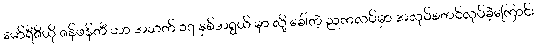
မော်ရီဇီယို ဇန်ဖန်တီ ဟာ အသက် ၁၇ နှစ်အရွယ် မှာ လို့ ခေါ်တဲ့ ညကလပ်မှာ အလုပ်စတင်လုပ်ခဲ့ကြောင်း